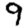
Digit: 9